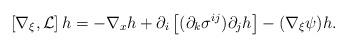
LaTeX: \begin{align*}\left[\nabla_\xi,\mathcal{L}\right]h =-\nabla_{x}h + \partial_i\left[(\partial_k\sigma^{ij}) \partial_j h \right] -(\nabla_{\xi}\psi)h.\end{align*}